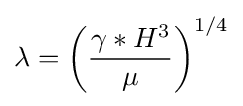
\lambda =\left({\gamma *H^{3} \over \mu }\right)^{1/4}